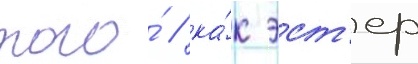
того́ / ка́к эст'ер